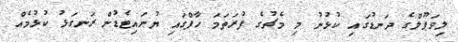
ލިވަޕޫލްގެ ދަނޑުގައި ކުޅުނު މި މެޗުގެ ފުރަތަމަ ހާފްގައި ޔުނައިޓެޑުން ރަނގަޅު ކުޅުމެއް